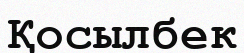
Қосылбек